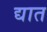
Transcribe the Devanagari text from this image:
द्यात